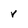
Character: v